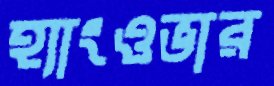
হ্যাংওভার